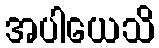
အပါယေသိ